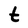
Character: t